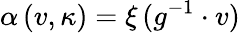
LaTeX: \alpha\, (v,\kappa)=\xi\, (g^{-1}\cdot v)